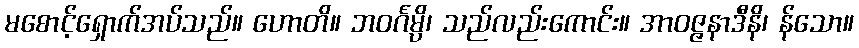
မစောင့်ရှောက်အပ်သည်။ ဟောတိ။ ဘဝင်္ဂမ္ပိ၊ သည်လည်းကောင်း။ အာဝဇ္ဇနာဒီနိ၊ န်သော။